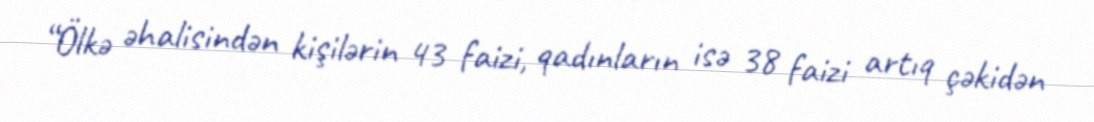
“Ölkə əhalisindən kişilərin 43 faizi, qadınların isə 38 faizi artıq çəkidən